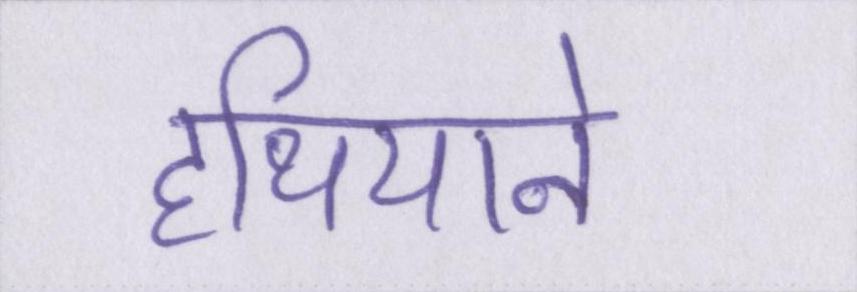
हथियाने